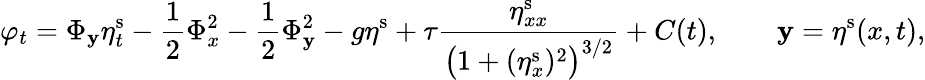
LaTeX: \varphi_{t}=\Phi_{\mathbf{y}}\eta_{t}^{\mathrm{{s}}}-\frac{{1}}{{2}}\Phi_{x}^{2}-\frac{{1}}{{2}}\Phi_{\mathbf{y}}^{2}-g\eta^{\mathrm{{s}}}+\tau\frac{{\eta_{xx}^{\mathrm{{s}}}}}{{\big(1+(\eta_{x}^{\mathrm{{s}}})^{2}\big)^{3/2}}}+C(t),\qquad\mathbf{y}=\eta^{\mathrm{{s}}}(x,t),